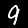
Digit: 9